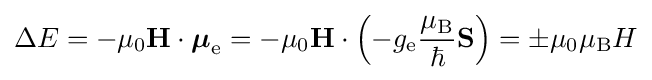
\Delta E=-\mu _{0}\mathbf {H} \cdot {\boldsymbol {\mu }}_{\text{e}}=-\mu _{0}\mathbf {H} \cdot \left(-g_{\text{e}}{\frac {\mu _{\mathrm {B} }}{\hbar }}\mathbf {S} \right)=\pm \mu _{0}\mu _{\mathrm {B} }H